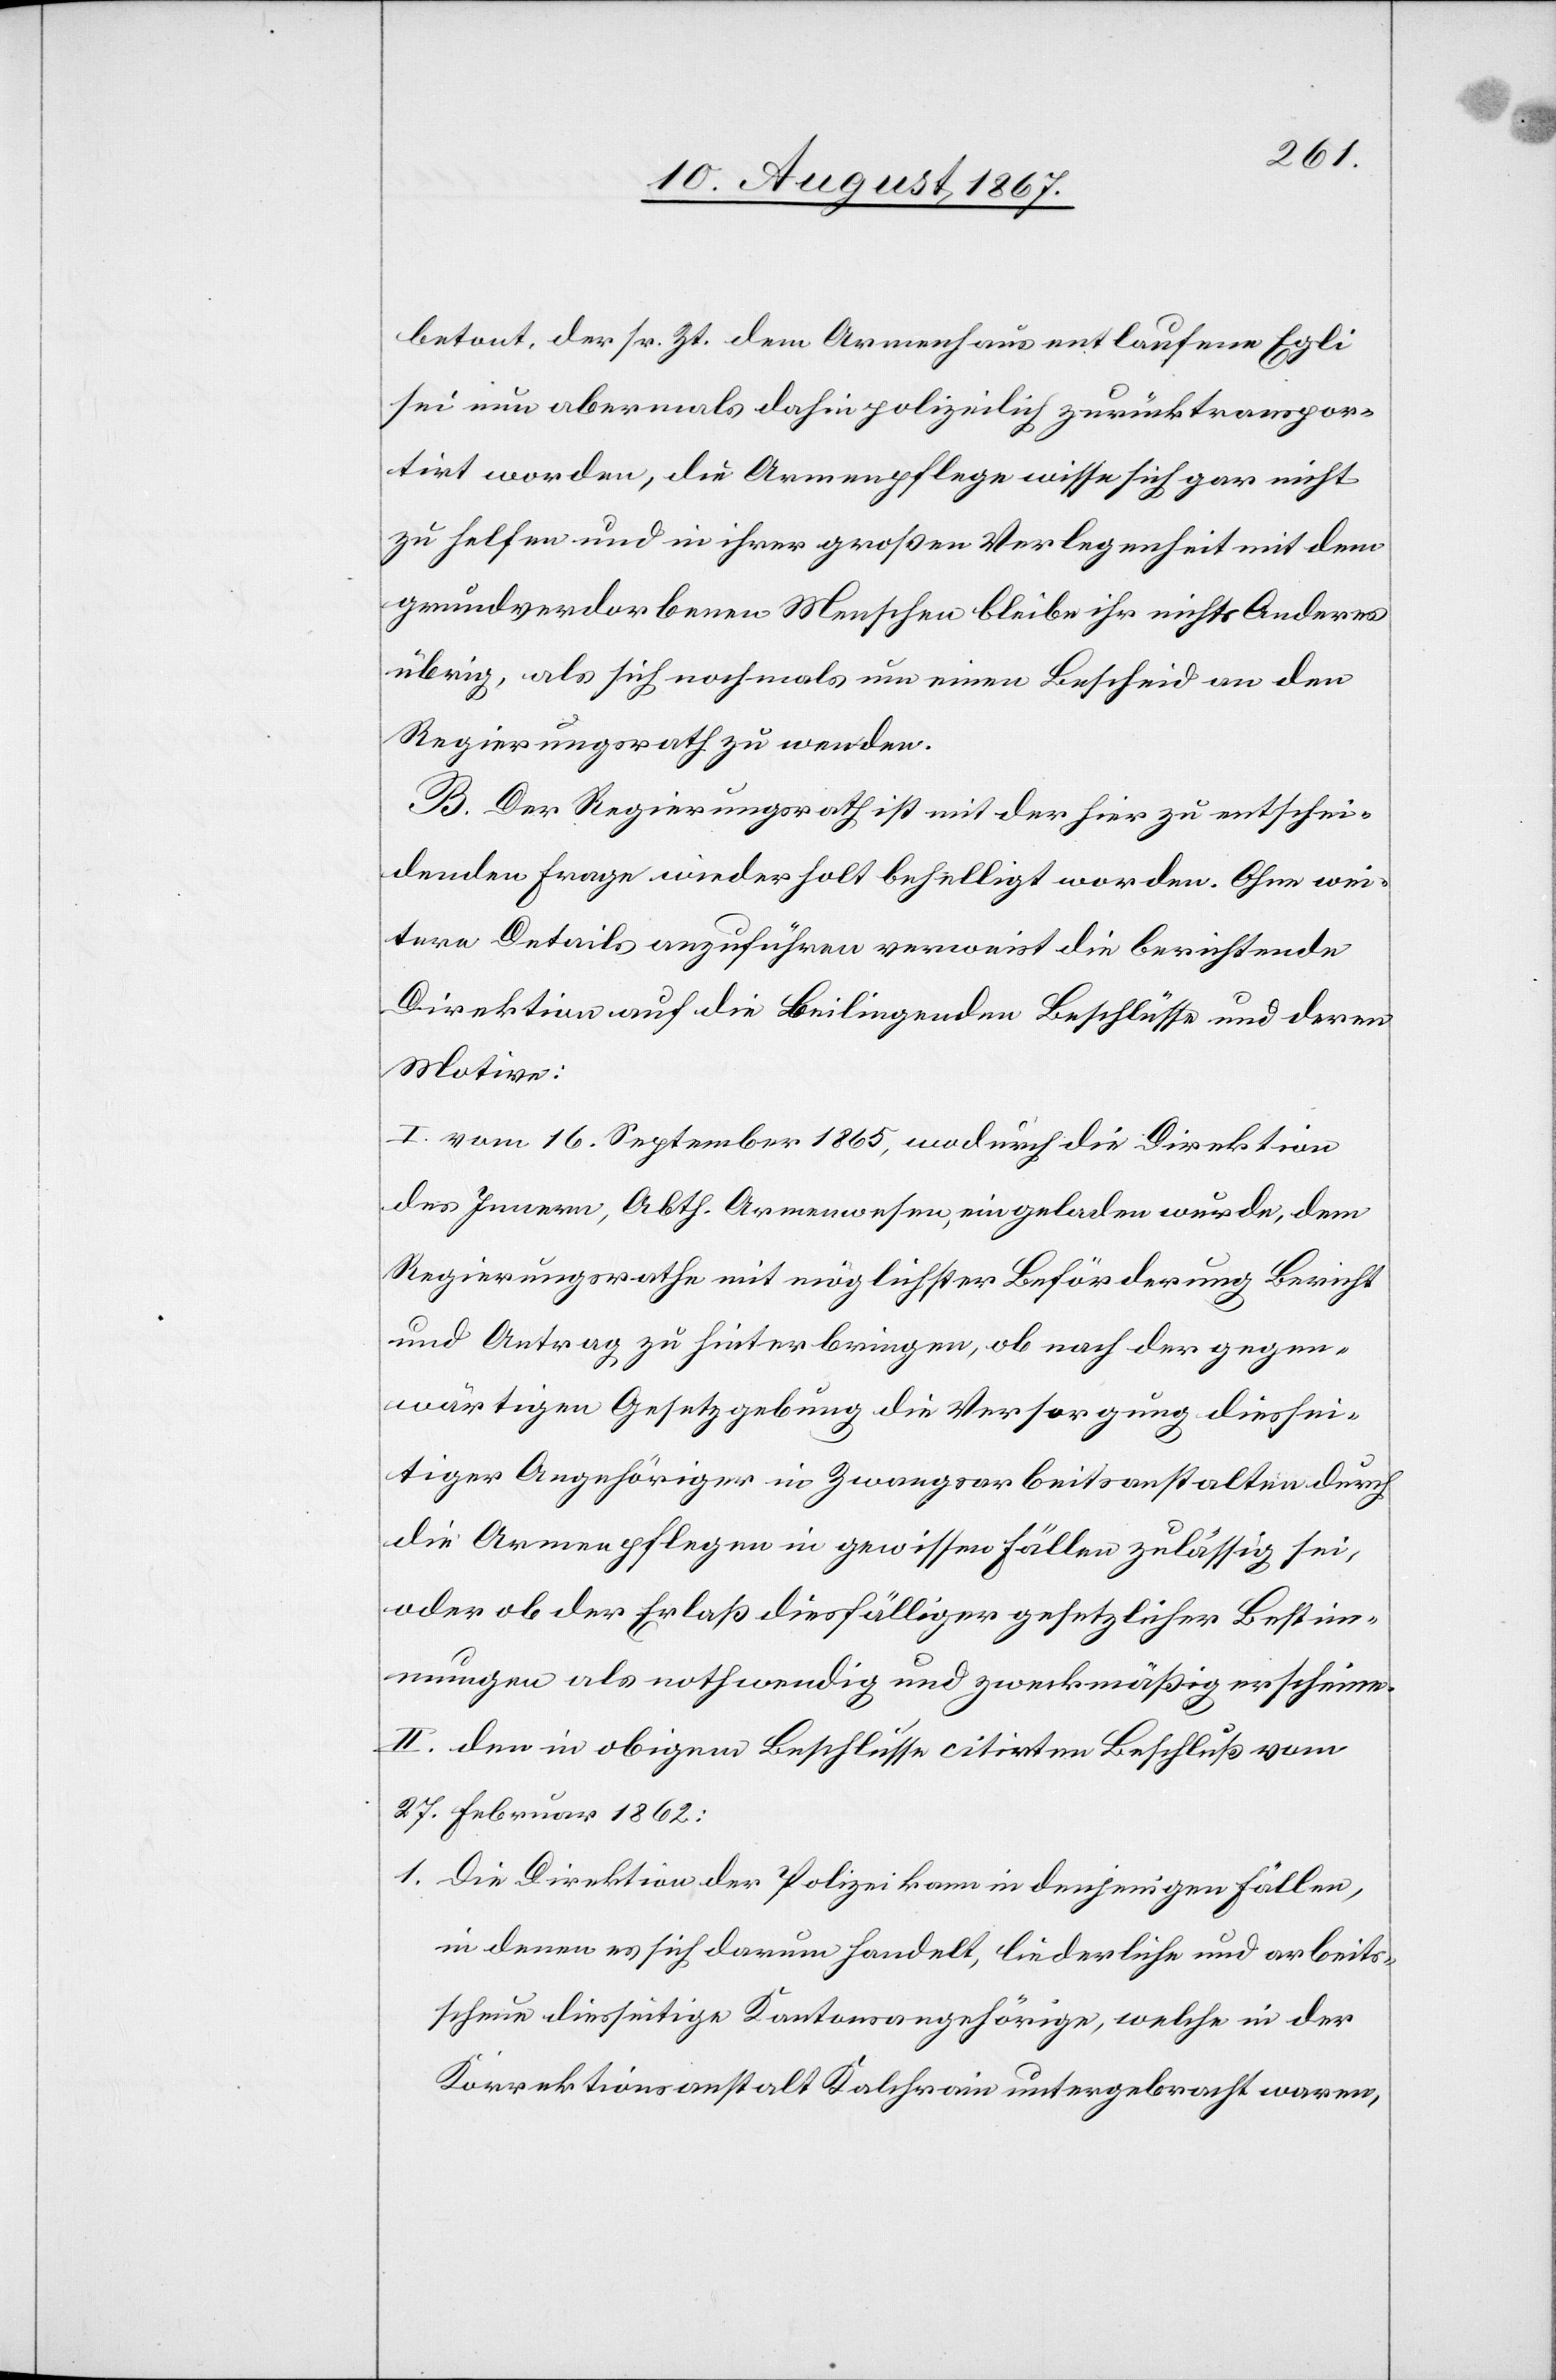
betont, der sr. Zt. dem Armenhaus entlaufene Egli
sei nun abermals dahin polizeilich zurücktranspor¬
tirt worden, die Armenpflege wisse sich gar nicht
zu helfen und in ihrer große Verlegenheit mit dem
grundverdorbenen Menschen bleibe ihr nichts Anderes
übrig, als sich nochmals um einen Bescheid an den
Regierungsrath zu wenden.
B. Der Regierungsrath ist mit der hier zu entschei¬
denden Frage wiederholt behelligt worden. Ohne wei¬
tere Details anzuführen verweist die berichtende
Direktion auf die Beiliegenden Beschlusse und deren
Motive:
I. vom 16. September 1865, wodurch die Direktion
des Innern, Abth. Armenwesen, eingeladen wurde, dem
Regierungsrathe mit möglichster Beförderung Bericht
und Antrag zu hinterbringen, ob nach der gegen¬
wärtigen Gesetzgebung die Versorgung diessei¬
tiger Angehöriger in Zwangsarbeitsanstalten durch
die Armenpflegen in gewissen Fällen zulässig sei,
oder ob der Erlaß diesfälliger gesetzlicher Bestim¬
mungen als nothwendig und zweckmäßig erscheine.
II. den in obigem Beschlusse citirten Beschluß vom
27. Februar 1862:
1. Die Direktion der Polizei kann in denjenigen Fällen,
in denen es sich darum handelt, liederliche und arbeits¬
scheue diesseitige Kantonsangehörige, welche in der
Korrektionsanstalt Kalchrain untergebracht waren,